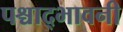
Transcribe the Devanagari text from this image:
पश्चाद्भावनी